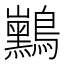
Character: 𱉃